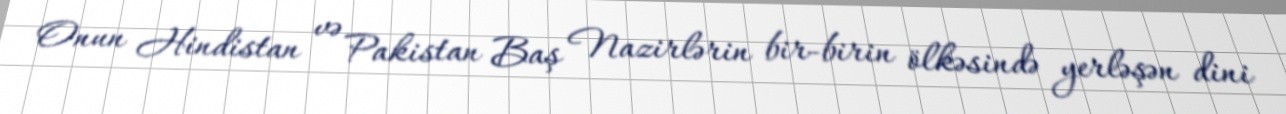
Onun Hindistan və Pakistan Baş Nazirlərin bir-birin ölkəsində yerləşən dini